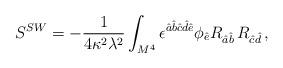
LaTeX: \begin{align*}S^{SW}=-\frac{1}{4\kappa^2 \lambda^2}\int_{M^4}\epsilon^{\hat{a}\hat{b}\hat{c}\hat{d}\hat{e}}\phi_{\hat{e}} R_{\hat{a}\hat{b}}\,R_{\hat{c}\hat{d}}\,,\end{align*}